Vaccination in Bombay 1863-1868 - 1863-1868
Year: 1863
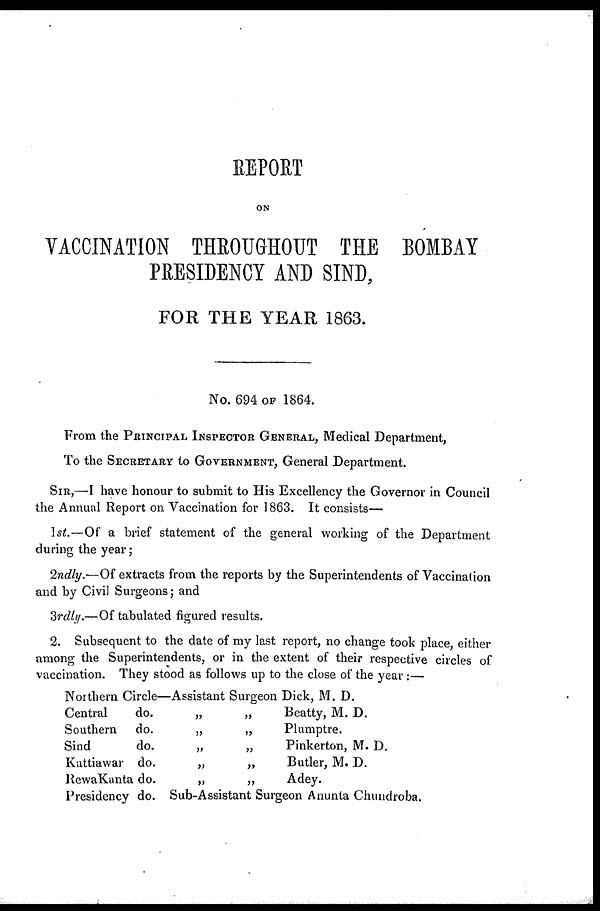
REPORT
ON
VACCINATION THROUGHOUT THE BOMBAY
PRESIDENCY AND SIND,
FOR THE YEAR 1863.
No. 694 OF 1864.
From the PRINCIPAL INSPECTOR GENERAL, Medical Department,
To the SECRETARY to GOVERNMENT, General Department.
SIR,—I have honour to submit to His Excellency the Governor in Council
the Annual Report on Vaccination for 1863. It consists—
1st.—Of a brief statement of the general working of the Department
during the year;
2ndly.—Of extracts from the reports by the Superintendents of Vaccination
and by Civil Surgeons ; and
3rdly.—Of tabulated figured results.
2. Subsequent to the date of my last report, no change took place, either
among the Superintendents, or in the extent of their respective circles of
vaccination. They stood as follows up to the close of the year:—
Northern Circle—Assistant Surgeon Dick, M. D.
Central
do.
„
„
Southern
do.
„
„
Sind
do.
„
„
Kuttiawar do.
„
„
RewaKanta do.
„
„
Beatty, M. D.
Plumptre.
Pinkerton, M. D.
Butler, M. D.
Adey.
Presidency do. Sub-Assistant Surgeon Anunta Chundroba.